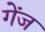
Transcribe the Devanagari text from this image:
गेंज